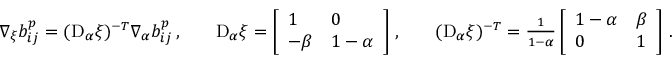
\begin{array} { r l r l r l } & { \nabla _ { \xi } b _ { i j } ^ { p } = ( \mathrm { D } _ { \alpha } \boldsymbol { \xi } ) ^ { - T } \nabla _ { \alpha } b _ { i j } ^ { p } \, , } & & { \mathrm { D } _ { \alpha } \boldsymbol { \xi } = \left[ \begin{array} { l l } { 1 } & { 0 } \\ { - \beta } & { 1 - \alpha } \end{array} \right] \, , } & & { ( \mathrm { D } _ { \alpha } \boldsymbol { \xi } ) ^ { - T } = \frac { 1 } { 1 - \alpha } \left[ \begin{array} { l l } { 1 - \alpha } & { \beta } \\ { 0 } & { 1 } \end{array} \right] \, . } \end{array}